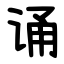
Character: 诵